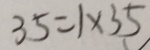
3 5 = 1 \times 3 5